Report of the Municipal Commissioner on the plague in Bombay for the year ending 31st May... - Volume 2
Disease focus: Plague
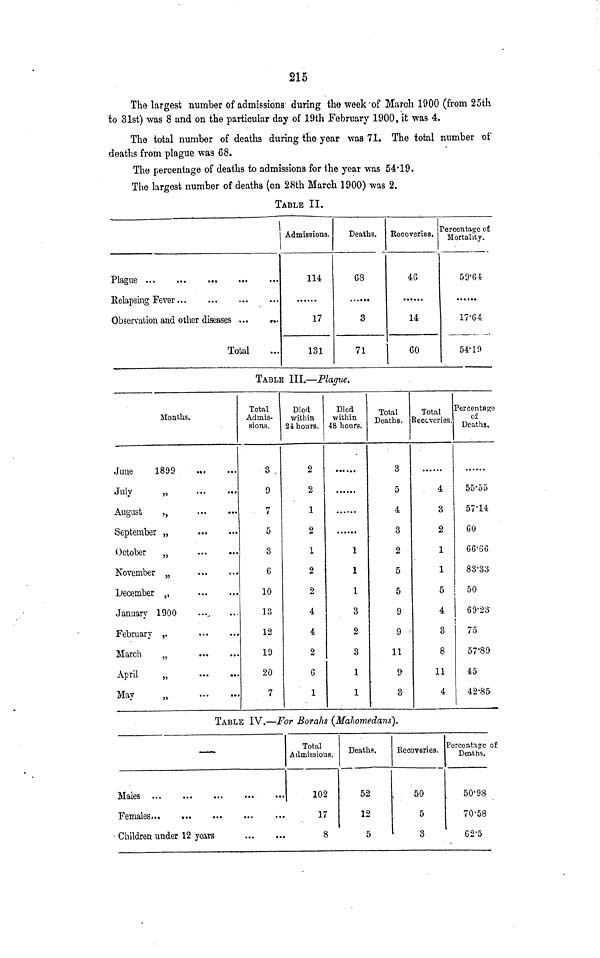
215
The largest number of admissions during the week'of March 1900 (from 2oth
to 31st) was 8 and on the particular day of 19th February 1900, it was 4.
The total number of deaths during the year was 71. The total number of
deaths from plague was 68.
The percentage of deaths to admissions for the year was 54-19.
The largest number of deaths (on 28th March 1900) was 2.
TABLE II.
Plague
Relapsing Fever
Observation and other diseases ...
...
Total
Admissions.
114
17
131
Deaths.
GS
......
3
71
Recoveries.
46
.»«...
14
60
Percentage of
Mortality.
59-64
17-64
54'10
TABLE III,—Plague.
Months.
June
1899
July
„
August
.,
September „
October
„
November „
December ,,
January 1900
February ,.,
March
„
April
„
May
5 ,
Total
Admis-
sions.
3 .
9
7
5
3
6
10
13
12
19
20
7
Died
within
21 hours.
2
2
1
2
1
2
2
4
4
2
6
1
Died
within
48 hours.
1
1
1
3
2
3
1
1
Total
Deaths.
3
5
4
3
2
5
5
9
9 '
11
9-
3
Total
Recoveries.
4
3
2
1
1
5
4
3
8
11
4
Percentage
o£
Deaths.
55'55
57-14
60
66-66
83-33
50
69-23'
75
57-89
45
42-85'
TABLE IV.—For Borahs (Mahomedans).
—
Males
Females
• Children under 12 years
Total
Admissions.
102
17
8
Deaths.
5-2
12
5
Recoveries.
50
5
3
Percentage of
Deaths.
50-98.
70-58
62-5